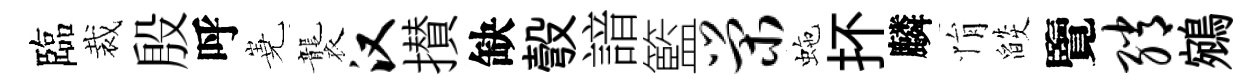
臨裁殷呼嶤襲汉攅缺彀諳籃荣虵抔麟悁燄覽绡鵷